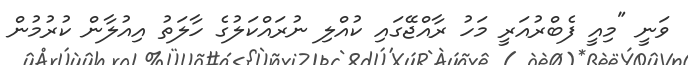
ވަނީ "މިއީ ފެބްރުއަރީ މަހު ރާއްޖޭގައި ކުއްލި ނުރައްކަލުގެ ހާލަތު އިއުލާން ކުރުމުން